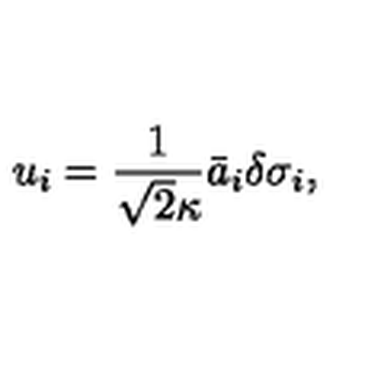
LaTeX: u _ { i } = \frac { 1 } { \sqrt { 2 } \kappa } \bar { a } _ { i } \delta \sigma _ { i } ,